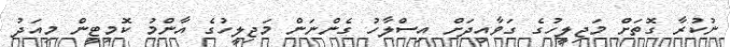
ނުކުރާ ގޮތަށް މަޖިލީހުގެ ގަވާއިދަށް އިސްލާހު ގެންނަން މަޖިލީހުގެ އާންމު ކޮމިޓީން މިއަދު